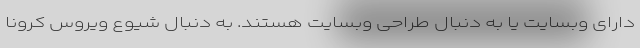
دارای وبسایت یا به دنبال طراحی وبسایت هستند. به دنبال شیوع ویروس کرونا